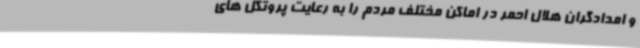
و امدادگران هلال احمر در اماکن مختلف مردم را به رعایت پروتکل های